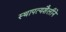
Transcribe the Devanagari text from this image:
स्थापत्यशैलीने